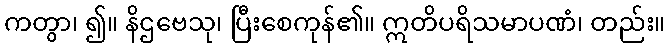
ကတွာ၊ ၍။ နိဌဗေသု၊ ပြီးစေကုန်၏။ ဣတိပရိသမာပဏံ၊ တည်း။